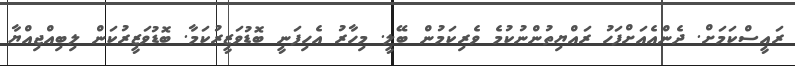
ރައީސްކަމަށް. ދެންއެއަށްފަހު ރައްޔިތުންނުކުމެ ވެރިކަމުން ބޭލީ. މިހާރު އެހިފަނީ ބޮޑުވަޒީރުކަމާ. ބޮޑުވަޒީރުކަން ލިބިއްޖިއްޔާ